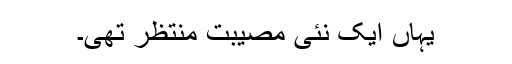
یہاں ایک نئی مصیبت منتظر تھی۔